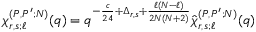
\chi _ { r , s ; \ell } ^ { ( P , P ^ { \prime } ; N ) } ( q ) = q ^ { - \frac { c } { 2 4 } + \Delta _ { r , s } + \frac { \ell ( N - \ell ) } { 2 N ( N + 2 ) } } \hat { \chi } _ { r , s ; \ell } ^ { ( P , P ^ { \prime } ; N ) } ( q )